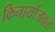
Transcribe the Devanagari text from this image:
किनार्याजवळ